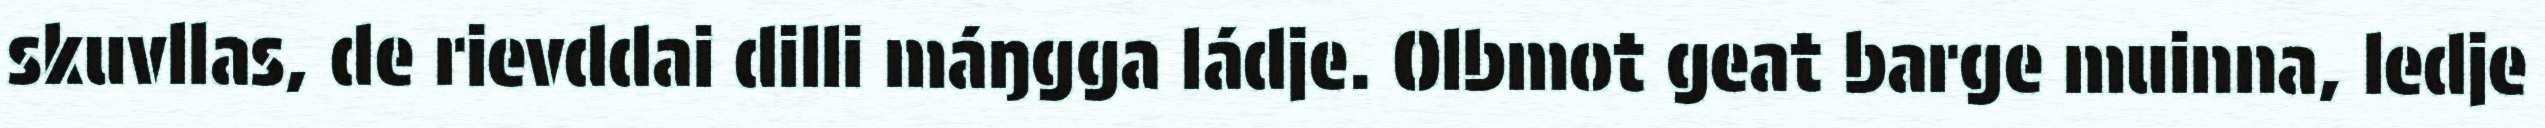
skuvllas, de rievddai dilli máŋgga ládje. Olbmot geat barge muinna, ledje